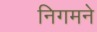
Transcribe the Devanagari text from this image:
निगमने